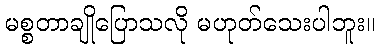
မစ္စတာချိုပြောသလို မဟုတ်သေးပါဘူး။